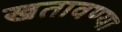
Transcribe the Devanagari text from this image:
खतावण्या